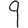
Digit: 9